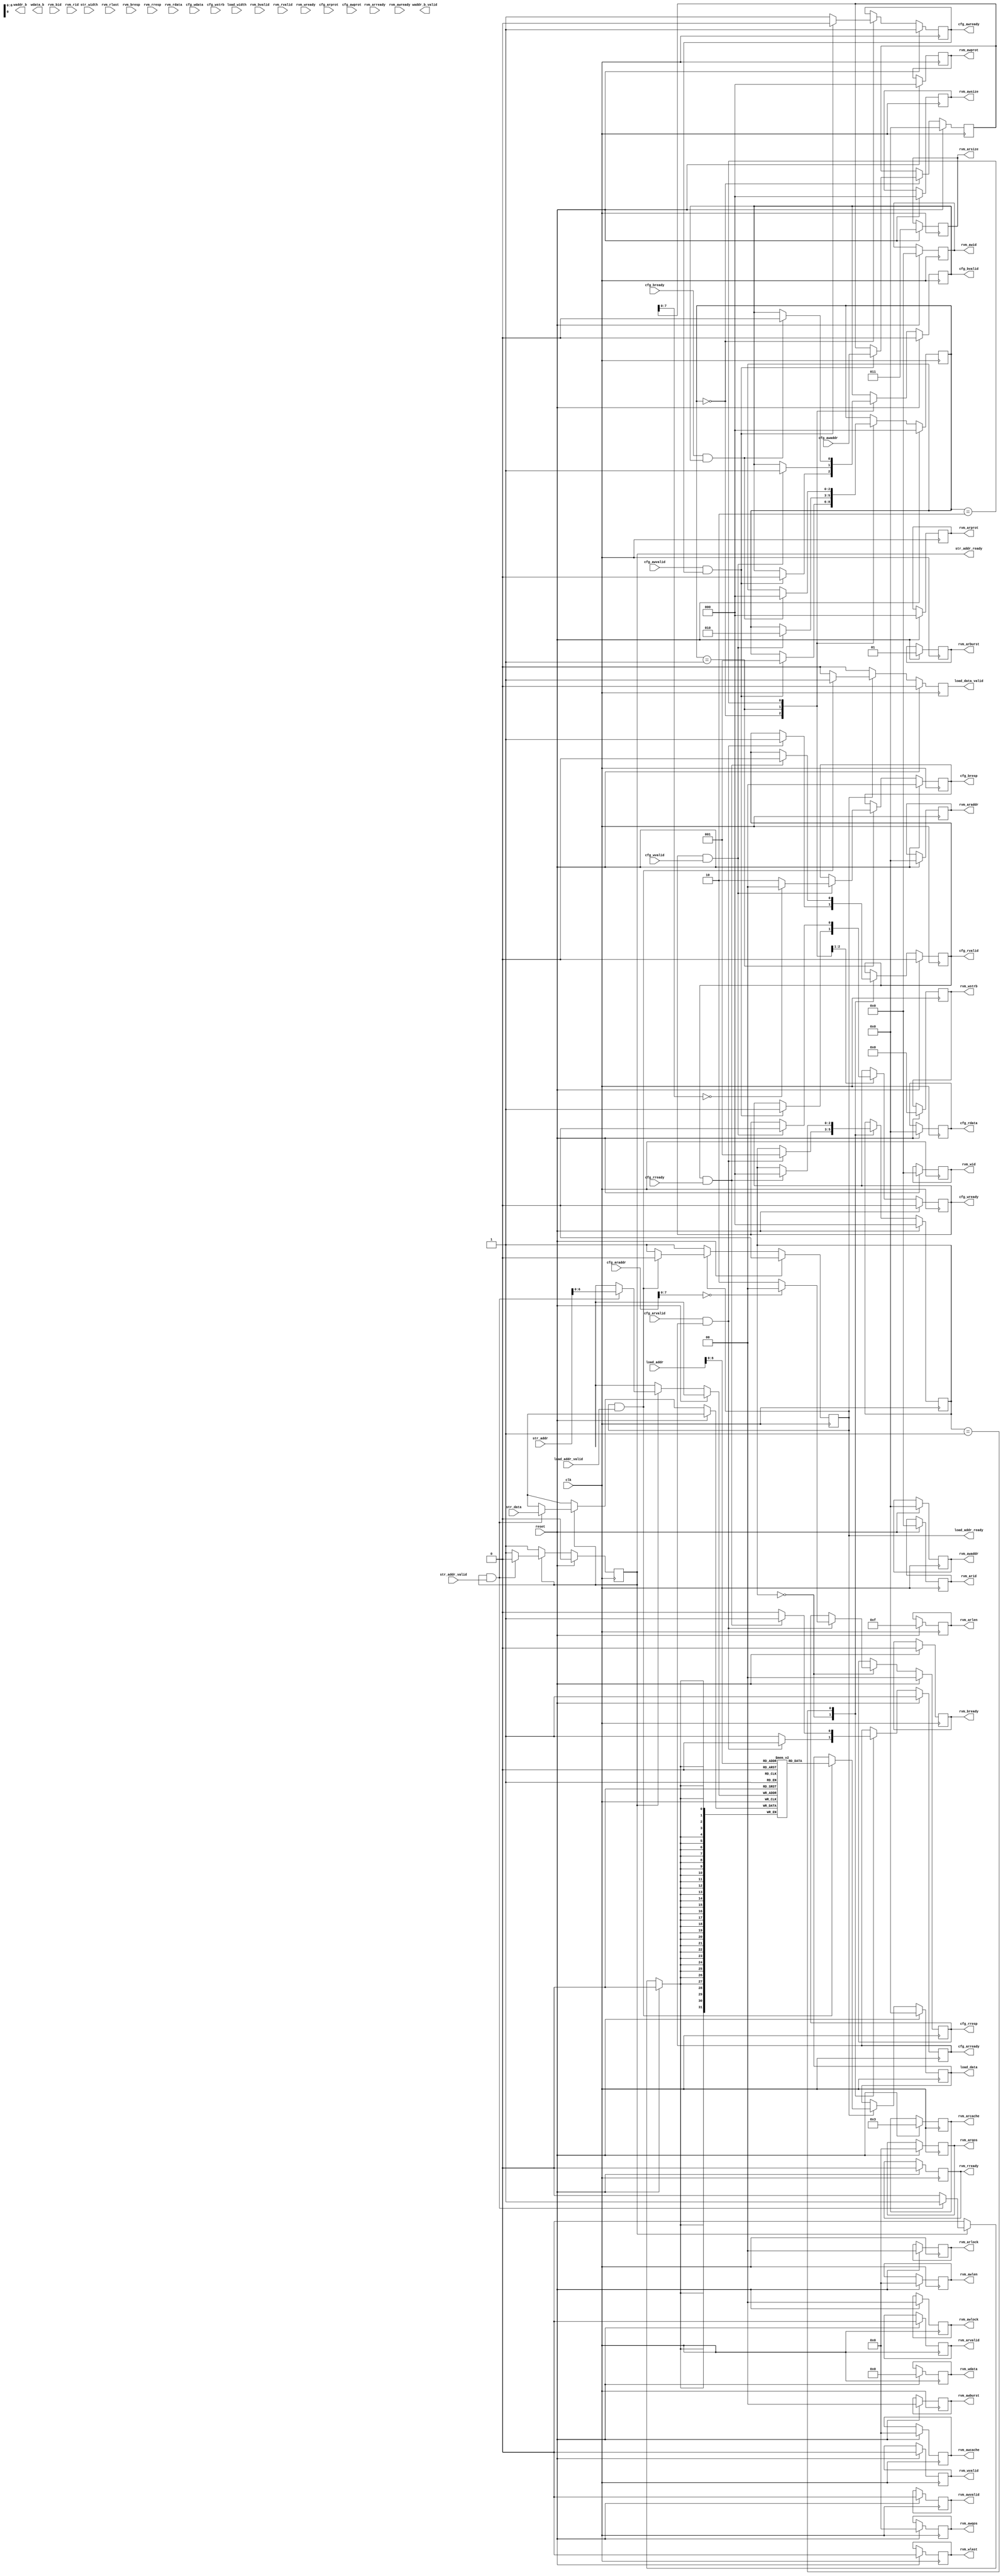
module rv_mem(
	input clk, 
	input reset,

	input       [31:0] load_addr,
	input              load_addr_valid,
	output reg         load_addr_ready,
	input       [2:0]  load_width,
	output reg  [31:0] load_data,
	output reg         load_data_valid,

	input       [31:0] str_addr,
	input              str_addr_valid,
	output reg         str_addr_ready,
	input       [2:0]  str_width,
	input       [31:0] str_data,

	output reg  [5:0]  waddr_b,
	output reg  [31:0] wdata_b,
	output reg         waddr_b_valid,

	output reg         rvm_arvalid,
	output reg         rvm_awvalid,
	output reg         rvm_bready,
	output reg         rvm_rready,
	output reg         rvm_wlast,
	output reg         rvm_wvalid,
	output reg  [5:0]  rvm_arid,
	output reg  [5:0]  rvm_awid,
	output reg  [5:0]  rvm_wid,
	output reg  [1:0]  rvm_arburst,
	output reg  [1:0]  rvm_arlock,
	output reg  [2:0]  rvm_arsize,
	output reg  [1:0]  rvm_awburst,
	output reg  [1:0]  rvm_awlock,
	output reg  [2:0]  rvm_awsize,
	output reg  [2:0]  rvm_arprot,
	output reg  [2:0]  rvm_awprot,
	output reg  [31:0] rvm_araddr,
	output reg  [31:0] rvm_awaddr,
	output reg  [63:0] rvm_wdata,
	output reg  [3:0]  rvm_arcache,
	output reg  [3:0]  rvm_arlen,
	output reg  [3:0]  rvm_arqos,
	output reg  [3:0]  rvm_awcache,
	output reg  [3:0]  rvm_awlen,
	output reg  [3:0]  rvm_awqos,
	output reg  [7:0]  rvm_wstrb,
	input              rvm_arready,
	input              rvm_awready,
	input              rvm_bvalid,
	input              rvm_rlast,
	input              rvm_rvalid,
	input              rvm_wready,
	input       [5:0]  rvm_bid,
	input       [5:0]  rvm_rid,
	input       [1:0]  rvm_bresp,
	input       [1:0]  rvm_rresp,
	input       [63:0] rvm_rdata,

	input              cfg_arvalid,
	input       [2:0]  cfg_arprot,
	input       [31:0] cfg_araddr,
	input              cfg_awvalid,
	input              cfg_bready,
	input              cfg_rready,
	input       [2:0]  cfg_awprot,
	input       [31:0] cfg_awaddr,
	input       [31:0] cfg_wdata,
	input              cfg_wvalid,
	input       [3:0]  cfg_wstrb,
	output reg         cfg_arready,
	output reg         cfg_awready,
	output reg         cfg_wready,
	output reg         cfg_bvalid,
	output reg  [1:0]  cfg_bresp,
	output reg  [1:0]  cfg_rresp,
	output reg         cfg_rvalid,
	output reg  [31:0] cfg_rdata
);

	parameter burst_len = 16;


	reg [2:0] rvm_state;

	`define RVM_INIT 0
	`define RVM_ 0

	always @(posedge clk) begin
		if(reset) begin
			rvm_arvalid <= 0;
			rvm_awvalid <= 0;
			rvm_bready  <= 0;
			rvm_rready  <= 0;
			rvm_wlast   <= 0;
			rvm_wvalid  <= 0;
			rvm_arid    <= 0;
			rvm_awid    <= 0;
			rvm_wid     <= 0;
			rvm_arburst <= 2'b01;
			rvm_arlock  <= 0;
			rvm_arsize  <= 3'b011;
			rvm_awburst <= 0;
			rvm_awlock  <= 0;
			rvm_awsize  <= 0;
			rvm_arprot  <= 0;
			rvm_awprot  <= 0;
			rvm_araddr  <= 0;
			rvm_awaddr  <= 0;
			rvm_wdata   <= 0;
			rvm_arcache <= 4'b0011;
			rvm_arlen   <= burst_len - 1;
			rvm_arqos   <= 0;
			rvm_awcache <= 0;
			rvm_awlen   <= 0;
			rvm_awqos   <= 0;
			rvm_wstrb   <= 0;
		end else begin
		end
	end



	reg [2:0] cfg_rstate;
	`define RD_IDLE   0
	`define RD_OUTPUT 1

	reg [2:0] cfg_wstate;
	`define WR_IDLE 0
	`define WR_WAIT 1
	`define WR_RESP 2

	reg [31:0] cfg_awaddr_buf; 

	always @(posedge clk) begin
		if(reset) begin
			cfg_arready <= 1;
			cfg_awready <= 1;
			cfg_bvalid  <= 0;
			cfg_rvalid  <= 0;
			cfg_wready  <= 0;
			cfg_bresp   <= 0;
			cfg_rresp   <= 0;
			cfg_rdata   <= 0;

			cfg_rstate  <= `RD_IDLE;
			cfg_wstate  <= `WR_IDLE;

			cfg_awaddr_buf <= 0;
		end else begin
			case(cfg_rstate)
			`RD_IDLE: begin
				cfg_arready <= 1;

				if(cfg_arvalid & cfg_arready) begin
					cfg_arready <= 0;
					cfg_rresp   <= 2'b00; //resp(OKAY)
					cfg_rstate  <= `RD_OUTPUT;
					cfg_rvalid  <= 1;

					case(cfg_araddr[7:0])
					8'h00: begin
					end
						
					default: begin
						cfg_rresp  <= 2'b10; //Address invalid - resp(SLVERR)
						cfg_rvalid <= 1;
					end

					endcase
				end

			end

			`RD_OUTPUT: begin
				cfg_arready <= 0;

				if(cfg_rvalid & cfg_rready) begin
					cfg_arready <= 1;
					cfg_rstate  <= `RD_IDLE;
					cfg_rvalid  <= 0;
				end
			end

			endcase

			case(cfg_wstate)
			`WR_IDLE: begin
				cfg_awready <= 1;

				if(cfg_awvalid & cfg_awready) begin
					cfg_awready <= 0;
					cfg_wready  <= 1;
					cfg_wstate  <= `WR_WAIT;
					cfg_bvalid  <= 0;

					cfg_awaddr_buf <= cfg_awaddr;

				end
			end


			`WR_WAIT: begin
				if(cfg_wready & cfg_wvalid) begin
					cfg_bresp   <= 2'b00; //resp(OKAY)
					cfg_wstate  <= `WR_RESP;
					cfg_wready  <= 0;
					cfg_bvalid  <= 1;

					case(cfg_awaddr_buf[7:0])
					8'h00: begin
					end
						
					default:
						cfg_bresp <= 2'b10; //Address invalid - resp(SLVERR)
					
					endcase
			
				end
			end

			`WR_RESP: begin
				if(cfg_bready & cfg_bvalid) begin
					cfg_bvalid  <= 0;
					cfg_wstate  <= `WR_IDLE;
				end
			end

			endcase
		end
	end

	reg [31:0] mem_buf [127:0];

	always @(posedge clk) begin
		if(reset) begin
			load_addr_ready <= 0;
			load_data       <= 0;
			load_data_valid <= 0;

			str_addr_ready  <= 0;
		end else begin
			load_data_valid <= 0;

			if(~load_addr_ready) begin
				load_addr_ready <= 1;
			end else if(load_addr_ready & load_addr_valid) begin
				load_addr_ready <= 0;
				load_data <= mem_buf[load_addr[6:0]];
				load_data_valid <= 1;
			end 

			if(~str_addr_ready) begin
				str_addr_ready <= 1;
			end else if(str_addr_ready & str_addr_valid) begin
				mem_buf[str_addr[6:0]] <= str_data;
				str_addr_ready <= 0;
			end
		end
	end


endmodule